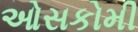
ઓસકોમી